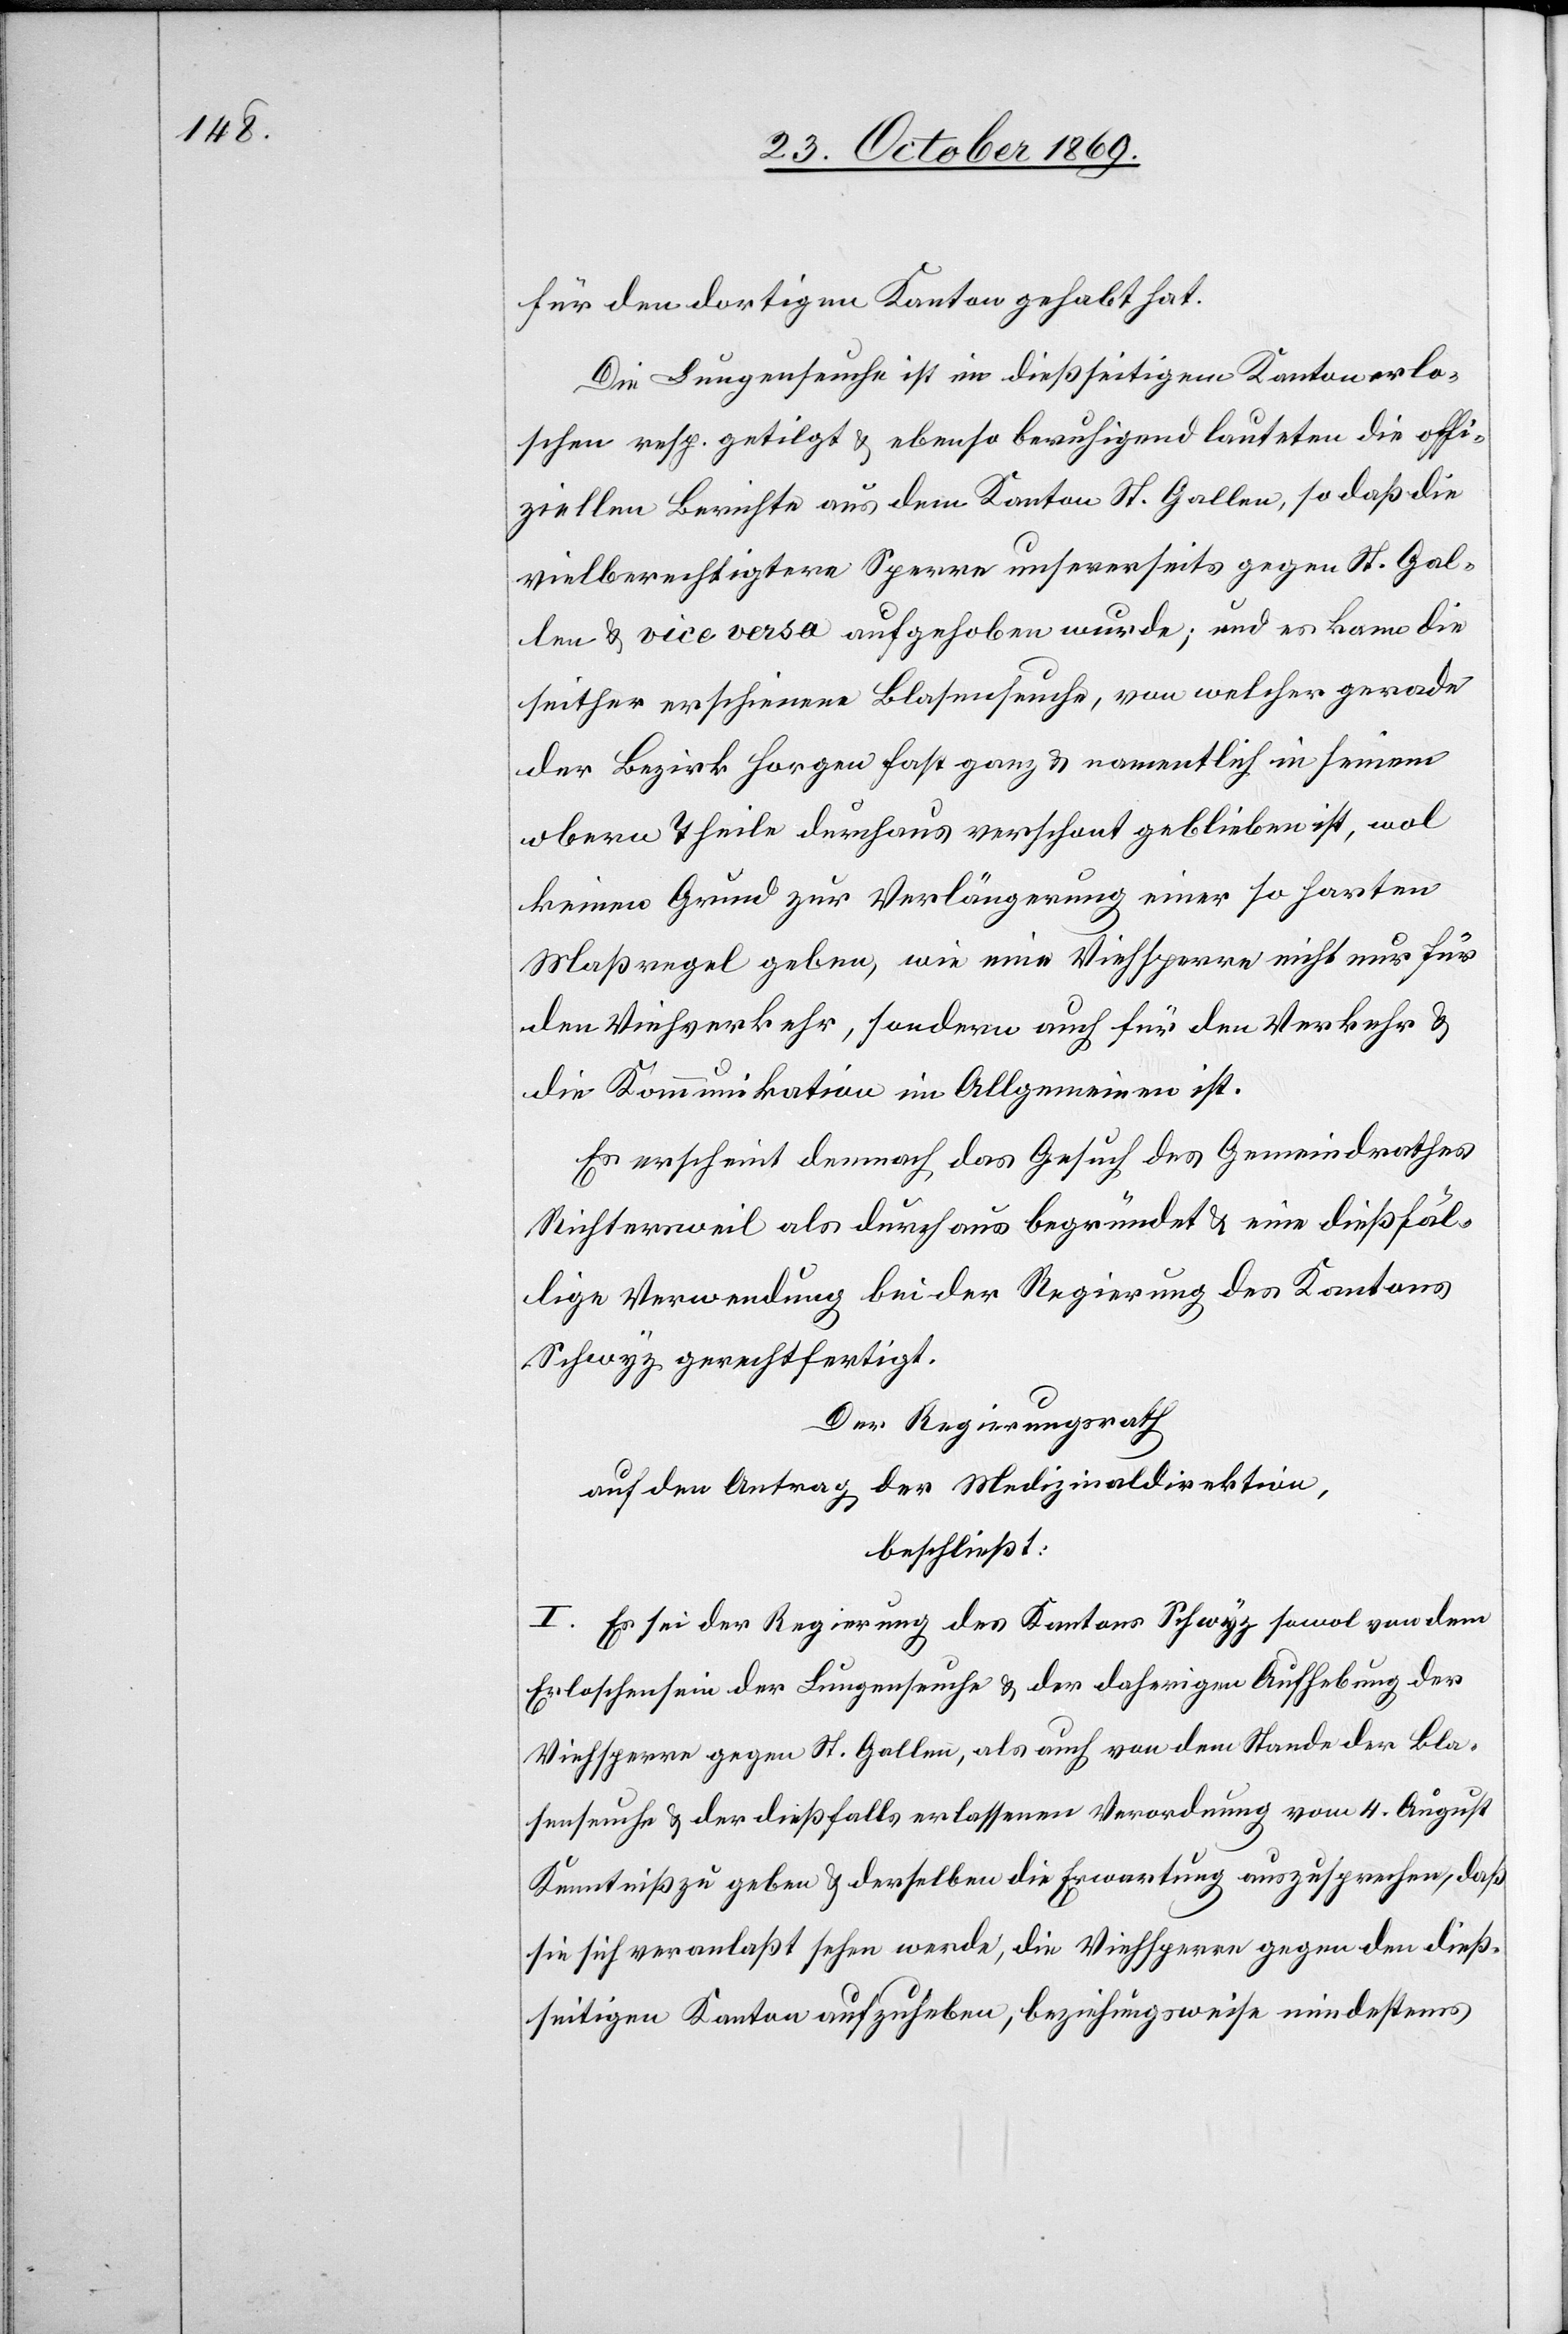
für den dortigen Kanton gehabt hat.
Die Lungenseuche ist im dießseitigen Kanton erlo¬
schen resp. getilgt & ebenso beruhigend lauteten die offi¬
ziellen Berichte aus dem Kanton St. Gallen, so daß die
vielberechtigtere Sperre unsererseits gegen St. Gal¬
len & vice versa aufgehoben wurde, und es kann die
seither erschienene Blasenseuche, von welcher gerade
der Bezirk Horgen fast ganz & namentlich in seinem
obern Theile durchaus verschont geblieben ist, wol
keinen Grund zur Verlängerung einer so harten
Maßregel geben, wie eine Viehsperre nicht nur für
den Viehverkehr, sondern auch für den Verkehr &
die Kommunikation im Allgemeinen ist.
Es erscheint demnach das Gesuch des Gemeindrathes
Richtersweil als durchaus begründet & eine dießfäl¬
lige Verwendung bei der Regierung des Kantons
Schwyz gerechtfertigt.
Der Regierungsrath
auf den Antrag der Medizinaldirektion,
beschließt:
I. Es sei der Regierung des Kantons Schwyz sowol von dem
Erloschensein der Lungenseuche & der daherigen Aufhebung der
Viehsperre gegen St. Gallen, als auch von dem Stande der Bla¬
senseuche & der dießfalls erlassenen Verordnung vom 4. August
Kenntniß zu geben & derselben die Erwartung auszusprechen, daß
sie sich veranlaßt sehen werde, die Viehsperre gegen den dieß¬
seitigen Kanton aufzuheben, beziehungsweise mindestens